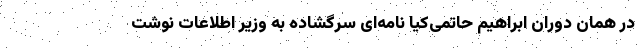
در همان دوران ابراهیم حاتمی‌کیا نامه‌ای سرگشاده به وزیر اطلاعات نوشت